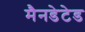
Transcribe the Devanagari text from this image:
मैनडेटेड